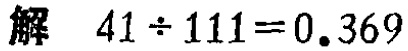
解 \(41\div111 = 0.369\)